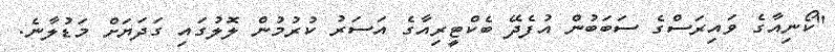
"ކޯނިއާގެ ވައިރަސްގެ ސަބަބުން އުފެދޭ ބެކްޓީރިއާގެ އަސަރު ކުުރުމުން ލޮލުގައި ގަދަޔަށް މަޑުލާނެ.